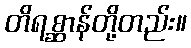
တိရစ္ဆာန်တို့တည်း။